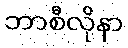
ဘာစီလိုနာ